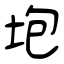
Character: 垉